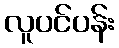
လူပင်ပန်း